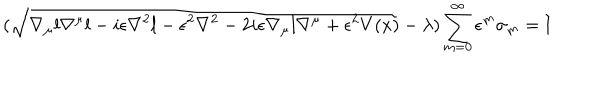
( \sqrt { \nabla _ { \mu } l \nabla ^ { \mu } l - i \epsilon \nabla ^ { 2 } l - \epsilon ^ { 2 } \nabla ^ { 2 } - 2 i \epsilon \nabla _ { \mu } l \nabla ^ { \mu } + \epsilon ^ { 2 } V ( x ) } - \lambda ) \sum _ { m = 0 } ^ { \infty } \epsilon ^ { m } \sigma _ { m } = \mathrm { I }